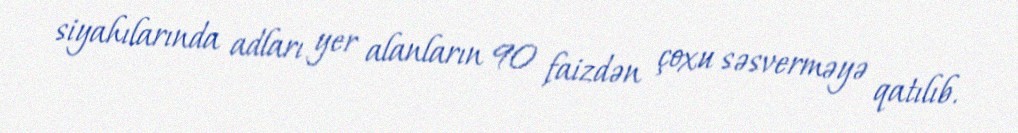
siyahılarında adları yer alanların 90 faizdən çoxu səsverməyə qatılıb.